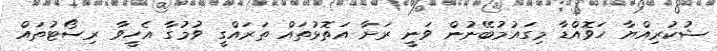
ޝުކުރިއްޔާ ހަވޮއްޑާ މިގައުމުބޭނުން ވަނީ ރަށާ އަތޮޅުތައް ތަރައްގީ ވުމުގާ އެހީވާ ރިސޯޓުތައް